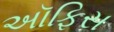
અૉફિસ